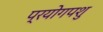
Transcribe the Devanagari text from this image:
प्रयोगपशु